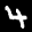
Label: 4